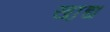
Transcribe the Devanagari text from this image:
खा़द्य